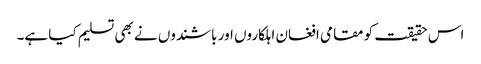
اس حقیقت کو مقامی افغان اہلکاروں اور باشندوں نے بھی تسلیم کیا ہے۔